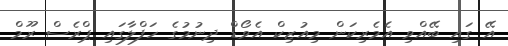
އޭ ގައި ބޭއްވި އެމެރިކަން މިއުޒިކް އެވޯޑް ދިނުމުގެ ހަފްލާގައި ޕްރެސް ރޫމް